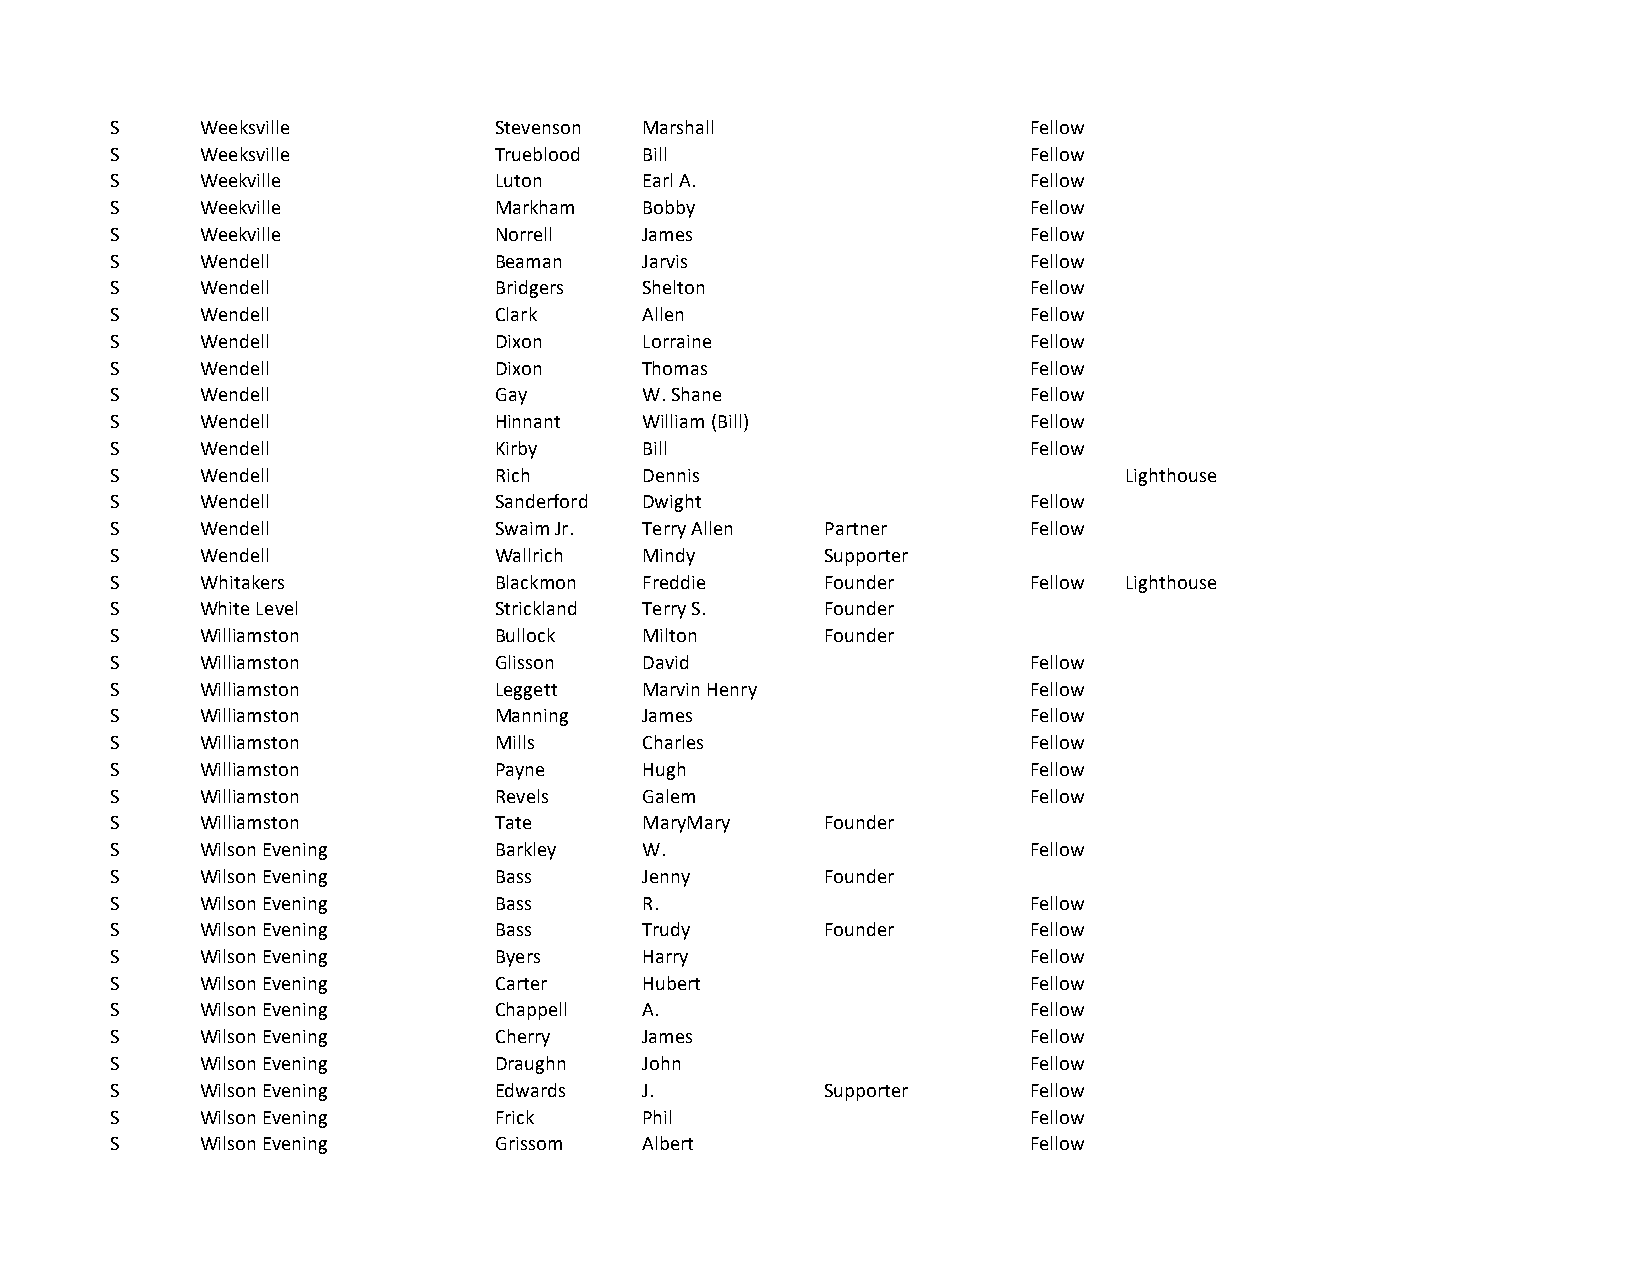
S     Weeksville          Stevenson Marshall                 Fellow
 S     Weeksville          Trueblood Bill                     Fellow
 S     Weekville           Luton     Earl A.                  Fellow
 S     Weekville           Markham   Bobby                    Fellow
 S     Weekville           Norrell   James                    Fellow
 S     Wendell             Beaman    Jarvis                   Fellow
 S     Wendell             Bridgers  Shelton                  Fellow
 S     Wendell             Clark     Allen                    Fellow
 S     Wendell             Dixon     Lorraine                 Fellow
 S     Wendell             Dixon     Thomas                   Fellow
 S     Wendell             Gay       W. Shane                 Fellow
 S     Wendell             Hinnant   William (Bill)           Fellow
 S     Wendell             Kirby     Bill                     Fellow
 S     Wendell             Rich      Dennis                         Lighthouse
 S     Wendell             Sanderford Dwight                  Fellow
 S     Wendell             Swaim Jr. Terry Allen Partner      Fellow
 S     Wendell             Wallrich  Mindy       Supporter
 S     Whitakers           Blackmon  Freddie     Founder      Fellow Lighthouse
 S     White Level         Strickland Terry S.   Founder
 S     Williamston         Bullock   Milton      Founder
 S     Williamston         Glisson   David                    Fellow
 S     Williamston         Leggett   Marvin Henry             Fellow
 S     Williamston         Manning   James                    Fellow
 S     Williamston         Mills     Charles                  Fellow
 S     Williamston         Payne     Hugh                     Fellow
 S     Williamston         Revels    Galem                    Fellow
 S     Williamston         Tate      MaryMary    Founder
 S     Wilson Evening      Barkley   W.                       Fellow
 S     Wilson Evening      Bass      Jenny       Founder
 S     Wilson Evening      Bass      R.                       Fellow
 S     Wilson Evening      Bass      Trudy       Founder      Fellow
 S     Wilson Evening      Byers     Harry                    Fellow
 S     Wilson Evening      Carter    Hubert                   Fellow
 S     Wilson Evening      Chappell  A.                       Fellow
 S     Wilson Evening      Cherry    James                    Fellow
 S     Wilson Evening      Draughn   John                     Fellow
 S     Wilson Evening      Edwards   J.          Supporter    Fellow
 S     Wilson Evening      Frick     Phil                     Fellow
 S     Wilson Evening      Grissom   Albert                   Fellow